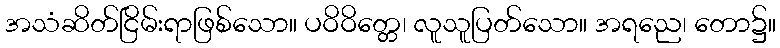
အသံဆိတ်ငြိမ်းရာဖြစ်သော။ ပဝိဝိတ္တေ၊ လူသူပြတ်သော။ အရညေ၊ တော၌။